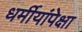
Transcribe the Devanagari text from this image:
धर्मीयांपेक्षा